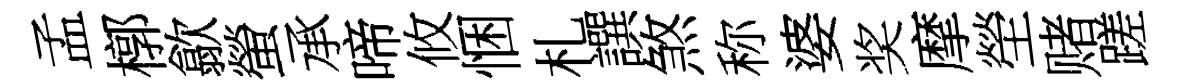
孟槨歙螢承啼攸悃札譔煞称婆奖摩塋赌蹉